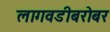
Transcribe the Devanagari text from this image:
लागवडीबरोबर